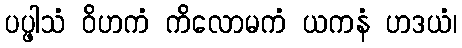
ပပ္ဖါသံ ဝိဟကံ ကိလောမကံ ယကနံ ဟဒယံ၊